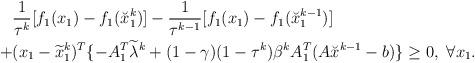
LaTeX: \begin{align*}\begin{aligned}&\frac{1}{\tau^k}[f_1(x_1)-f_1(\breve{x}_1^{k})]-\frac{1}{\tau^{k-1}}[f_1(x_1)-f_1(\breve{x}_1^{k-1})]\\+&(x_1-\widetilde{x}_1^{k})^T\{-A_1^T\widetilde{\lambda}^k+(1-\gamma)(1-\tau^k)\beta^kA_1^T(A\breve{x}^{k-1}-b)\}\geq0,~\forall x_1.\end{aligned}\end{align*}